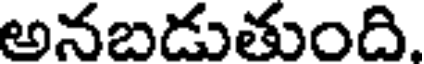
అనబడుతుంది.